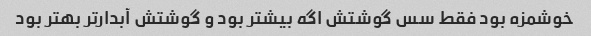
خوشمزه بود فقط سس گوشتش اگه بیشتر بود و گوشتش آبدار‌تر بهتر بود